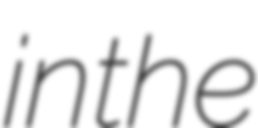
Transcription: in the